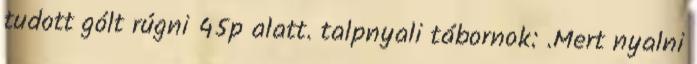
tudott gólt rúgni 45p alatt. talpnyali tábornok: .Mert nyalni